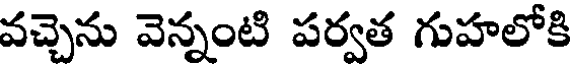
వచ్చెను వెన్నంటి పర్వత గుహలోకి